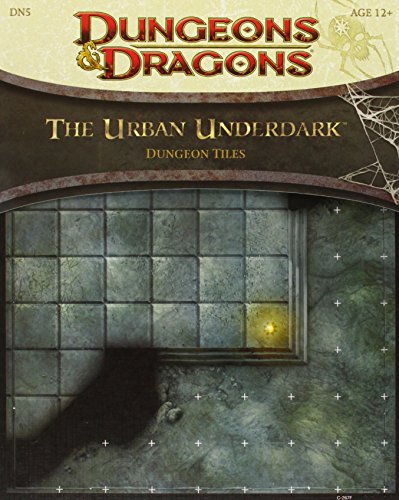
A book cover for The Urban Underdark - Dungeon Tiles (Dungeons & Dragons); RPG Team; Science Fiction & Fantasy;